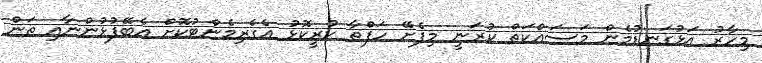
މިހާރު އަޅުގަނޑުމެން މަސައްކަތް ކުރަނީ މިފެށޭ ހަފްތާ ކުރީކޮޅު އެގެރިމެންޓުކޮށް އެބޭފުޅުންނާއި ތަން